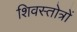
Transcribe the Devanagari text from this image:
शिवस्तोत्रों